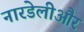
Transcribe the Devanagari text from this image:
नारडेलीऔर